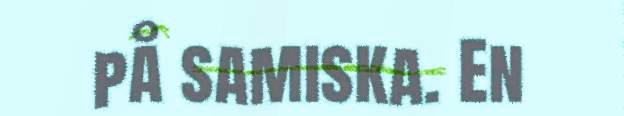
på samiska. En